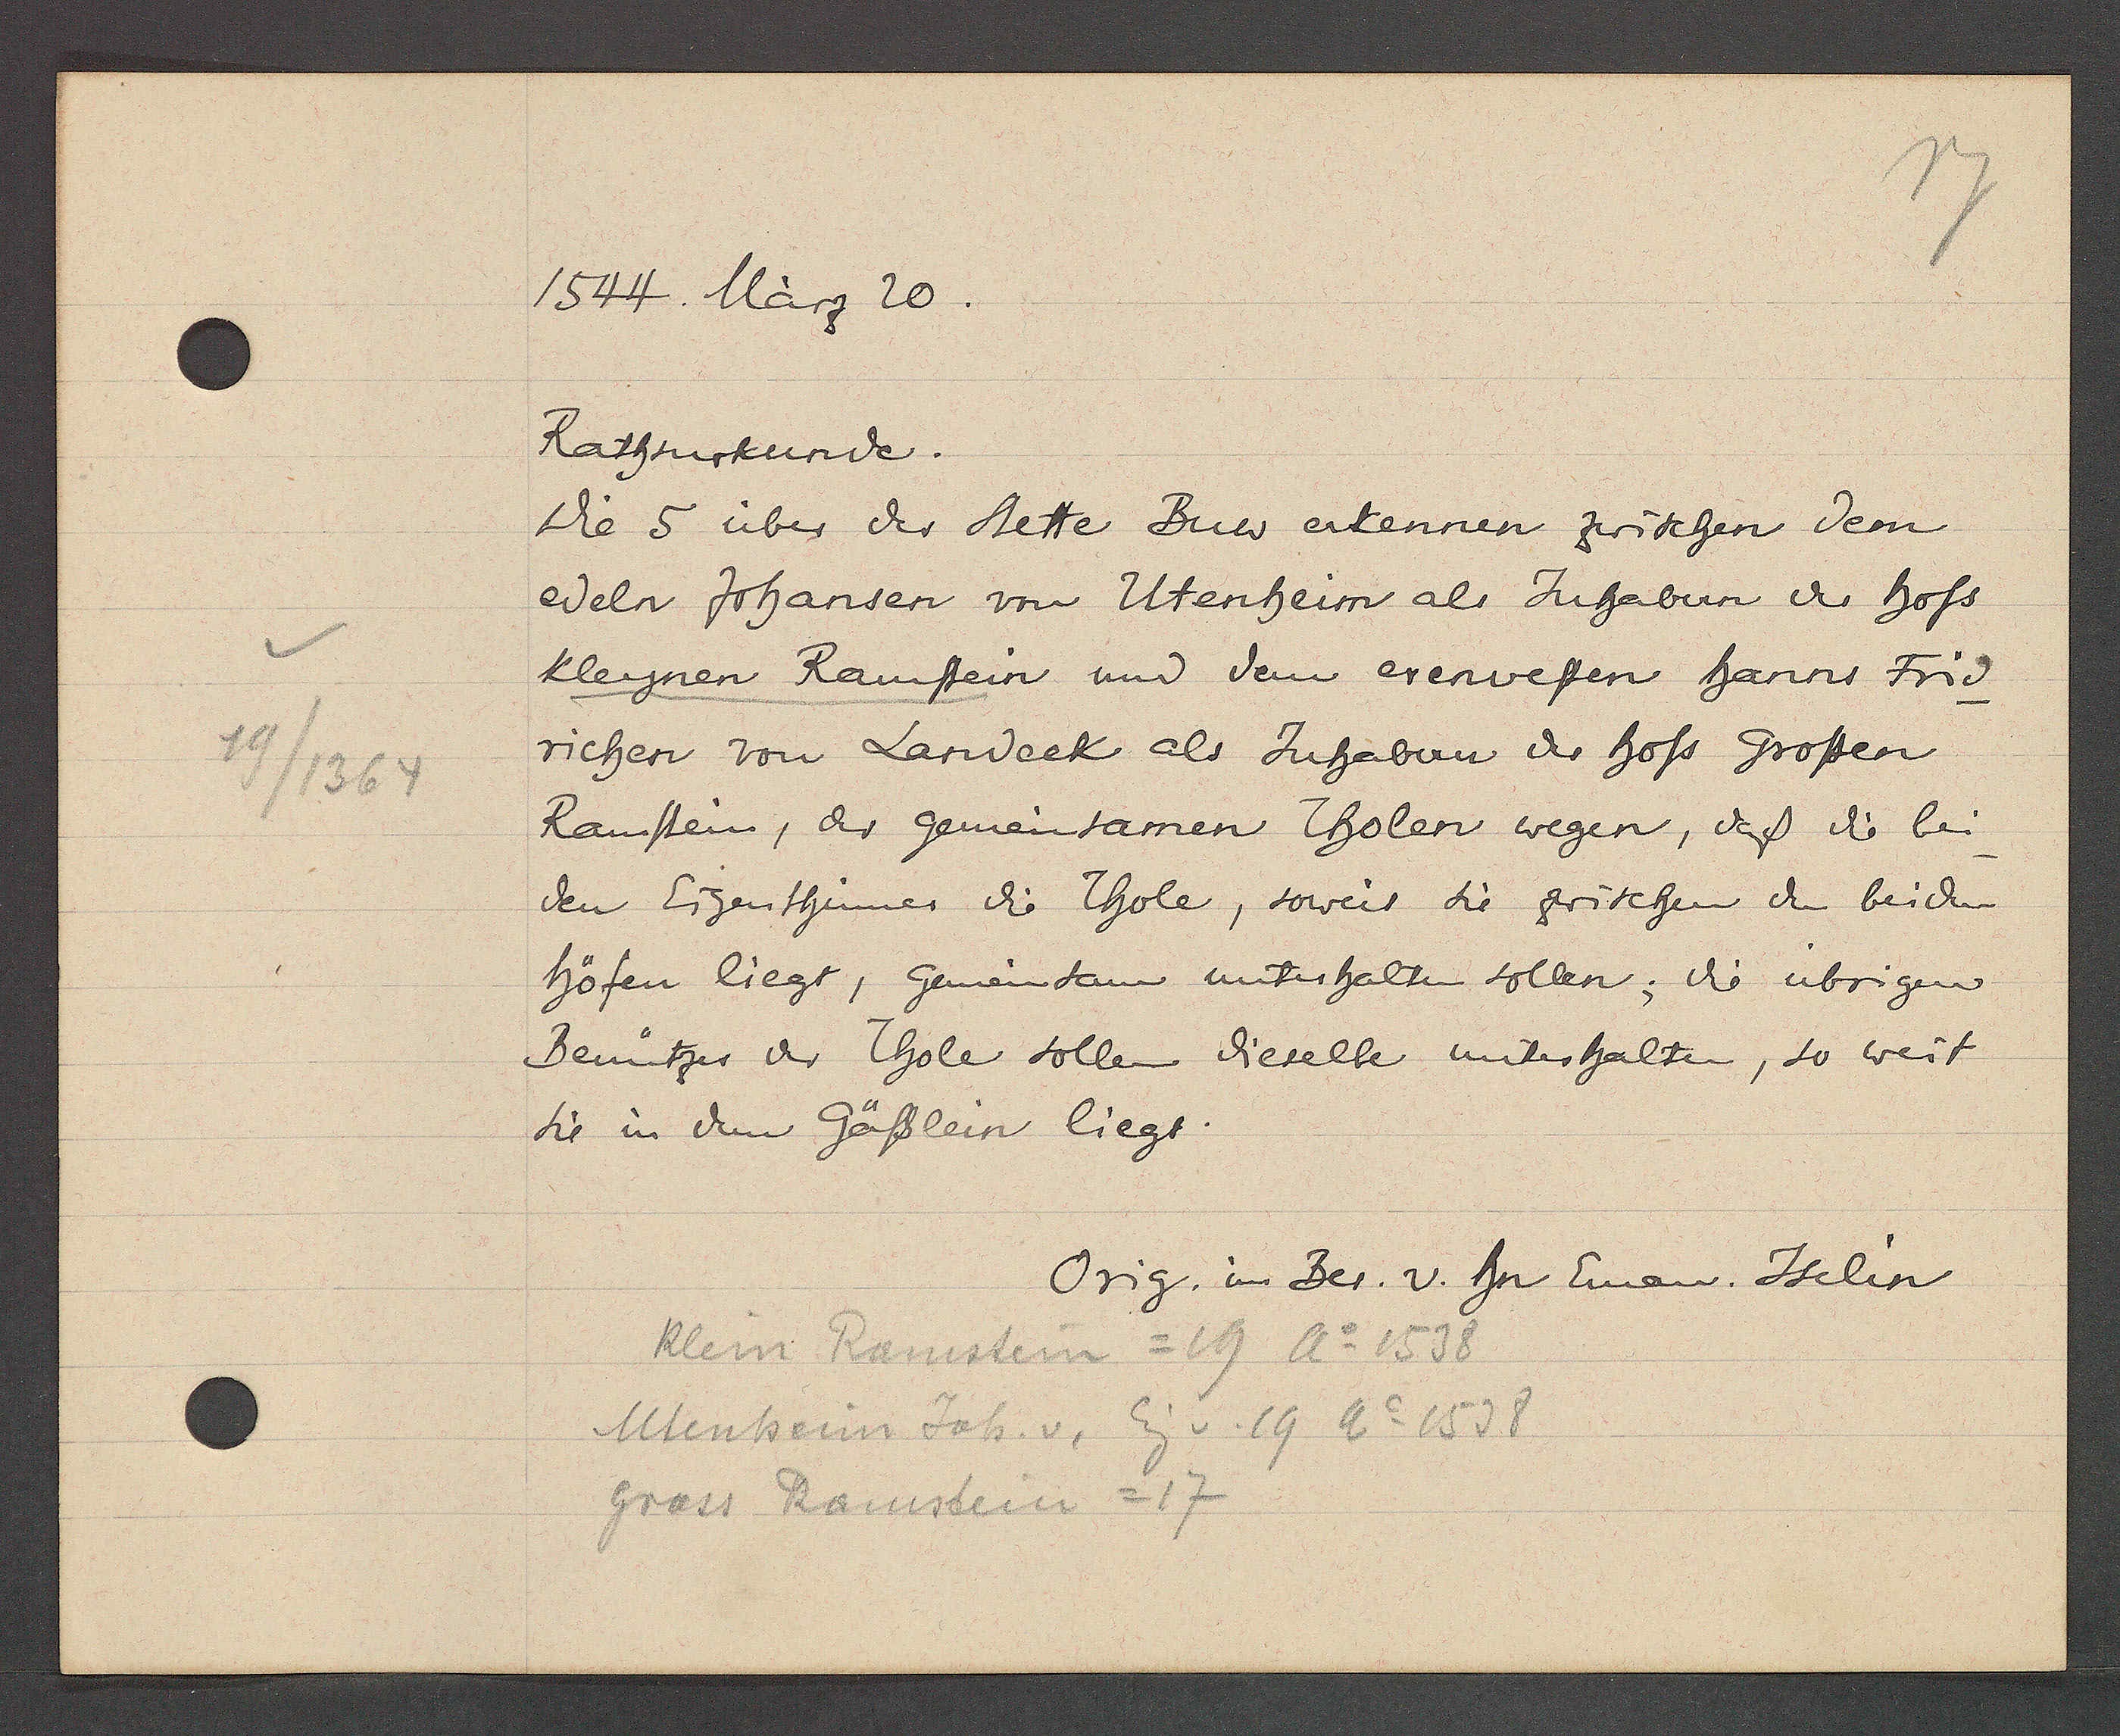
Transcript:
19/1364

1544. März 20.

Rathsurkunde.
Die 5 über der Stette Buw erkennen zwischen dem
edeln Johansen von Utenheim als Juhabern des hofs
kleynen Ramstein und dem erenvesten hanns Frid¬
richen von Landeck als Juhabern des hofs Grossen
Ramstein, der gemeinsamen Tholen wegen, daß die bei¬
den Eigenthümer die Thole, soweis sie zwischen den beiden
höfen liegt, gemeinsam unterhalten sollen; die übrigen
Benützer der Thole sollen dieselbe unterhalten, so weit
sie in dem Gässlein liegt.

Klein Ramstein = 19 Ao 1538
Utenheim Joh. v, Eig v. 19 Ao 1538
Gross Ramstein = 17

Orig. im Bes. v. hn Eman. Iselin